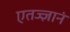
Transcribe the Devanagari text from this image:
एतज्ज्ञानं